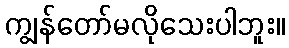
ကျွန်တော်မလိုသေးပါဘူး။